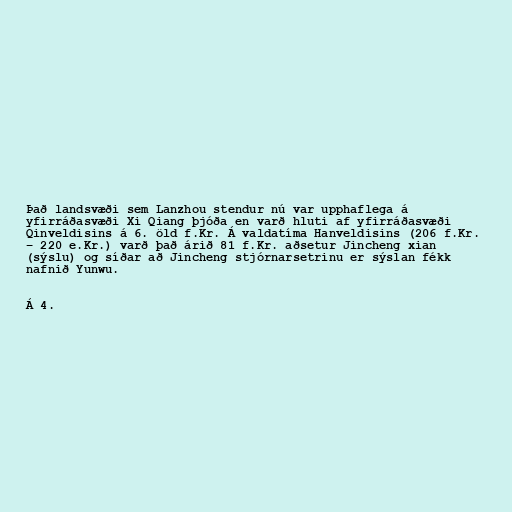
Það landsvæði sem Lanzhou stendur nú var upphaflega á
yfirráðasvæði Xi Qiang þjóða en varð hluti af yfirráðasvæði
Qinveldisins á 6. öld f.Kr. Á valdatíma Hanveldisins (206 f.Kr.
– 220 e.Kr.) varð það árið 81 f.Kr. aðsetur Jincheng xian
(sýslu) og síðar að Jincheng stjórnarsetrinu er sýslan fékk
nafnið Yunwu.

Á 4.